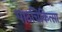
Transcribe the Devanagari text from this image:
पाठचिकित्सा